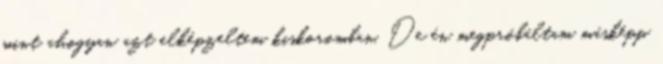
mint ahogyan azt elképzeltem kiskoromban. De én megpróbáltam másképp